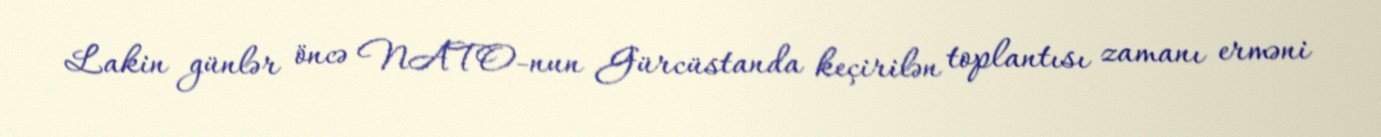
Lakin günlər öncə NATO-nun Gürcüstanda keçirilən toplantısı zamanı erməni